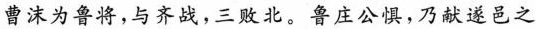
曹沫为鲁将，与齐战，三败北。鲁庄公惧，乃献遂邑之